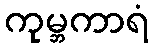
ကုမ္ဘကာရံ